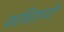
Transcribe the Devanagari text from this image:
कवितायी